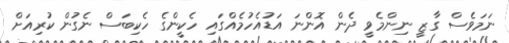
ނަމަވެސް ގާޒީ ނިންމެވީ ދެން އޮންނަ އަޑުއެހުމެއްގައި ހެކީންގެ ހެކިބަސް ނެގުން ކުރިއަށް